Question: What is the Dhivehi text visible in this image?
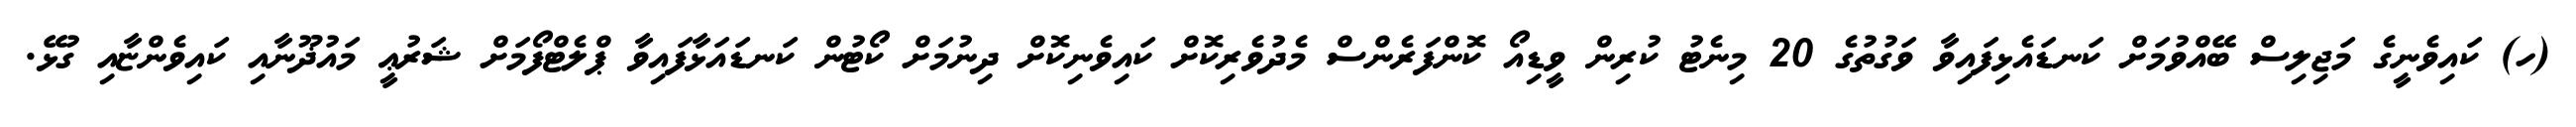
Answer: (ހ) ކައިވެނީގެ މަޖިލިސް ބޭއްވުމަށް ކަނޑައެޅިފައިވާ ވަގުތުގެ 20 މިނެޓު ކުރިން ވީޑިއޯ ކޮންފަރެންސް މެދުވެރިކޮށް ކައިވެނިކޮށް ދިނުމަށް ކޯޓުން ކަނޑައަޅާފައިވާ ޕްލެޓްފޯމަށް ޝަރުޢީ މައުޛޫނާއި ކައިވެންޏާއި ގުޅޭ.